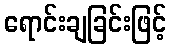
ရောင်းချခြင်းဖြင့်